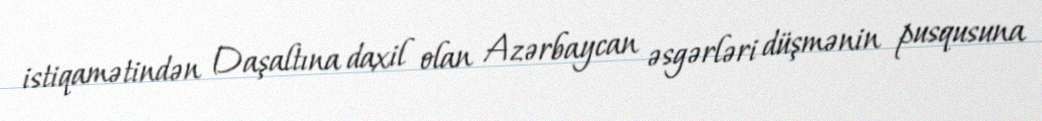
istiqamətindən Daşaltına daxil olan Azərbaycan əsgərləri düşmənin pusqusuna